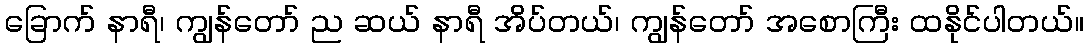
ခြောက် နာရီ၊ ကျွန်တော် ည ဆယ် နာရီ အိပ်တယ်၊ ကျွန်တော် အစောကြီး ထနိုင်ပါတယ်။